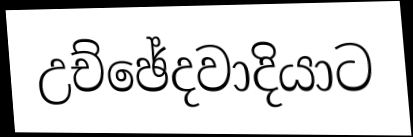
උච්ඡේදවාදියාට